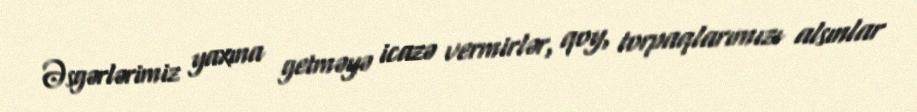
Əsgərlərimiz yaxına getməyə icazə vermirlər, qoy, torpaqlarımızı alsınlar